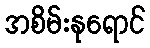
အစိမ်းနုရောင်